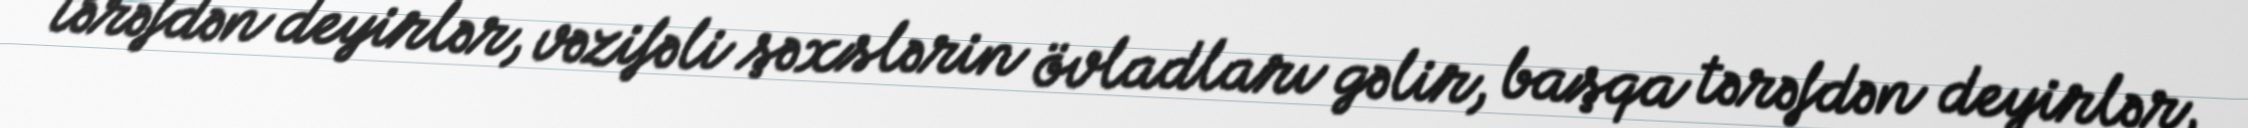
tərəfdən deyirlər, vəzifəli şəxslərin övladları gəlir, başqa tərəfdən deyirlər,